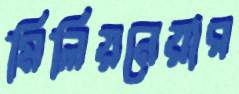
মিলিয়নেয়ার